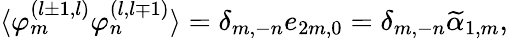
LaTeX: \langle\varphi_{m}^{(l\pm 1,l)}\varphi_{n}^{(l,l\mp 1)}\rangle=\delta_{m,-n}e_{2m,0}=\delta_{m,-n}\widetilde{\alpha}_{1,m},